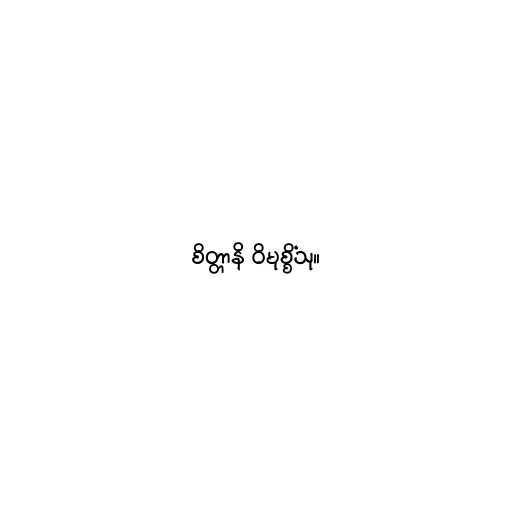
စိတ္တာနိ ဝိမုစ္စိံသု။